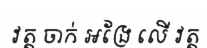
វត្ត ចាក់ អង្រែ លើ វត្ត